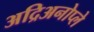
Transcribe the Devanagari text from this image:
अद्रिअनोप्ले